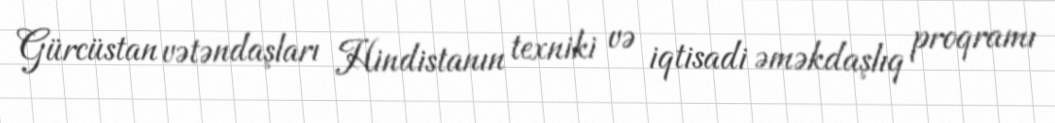
Gürcüstan vətəndaşları Hindistanın texniki və iqtisadi əməkdaşlıq proqramı